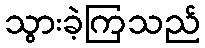
သွားခဲ့ကြသည်